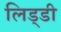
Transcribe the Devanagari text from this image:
लिड्डी